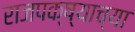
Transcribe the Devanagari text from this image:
राजपक्ष्याच्या